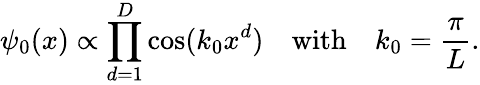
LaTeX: \psi_{0}(x)\propto\prod_{d=1}^{D}\cos(k_{0}x^{d})\quad\textrm{with}\quad k_{0}=\frac{\pi}{L}.